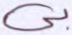
بي